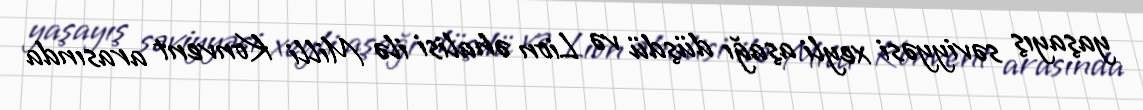
yaşayış səviyyəsi xeyli aşağı düşdü və Lion əhalisi ilə Milli Konvent arasında